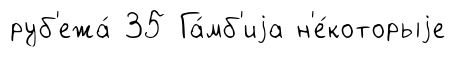
руб'ежа́ 35 Га́мб'иjа н'е́которыjе